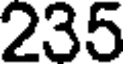
235